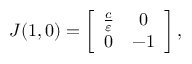
\begin{array} { r } { J ( 1 , 0 ) = \left[ { \begin{array} { c c } { \frac { c } { \varepsilon } } & { 0 } \\ { 0 } & { - 1 } \end{array} } \right] , } \end{array}